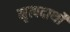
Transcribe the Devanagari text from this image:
मृत्पदार्थो